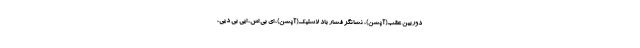
دوربین عقب(آپشن)، نشانگر فشار باد لاستیک(آپشن)، ای بی اس، ایی بی دیی،